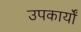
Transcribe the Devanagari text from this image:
उपकार्यों